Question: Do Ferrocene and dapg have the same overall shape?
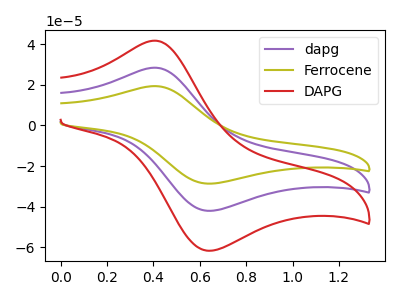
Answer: <think>The purple curve "dapg" has an anodic peak at (0.40V, 28.50uA) and a cathodic peak at (0.65V, -42.05uA). The olive curve "Ferrocene" has an anodic peak at (0.40V, 19.40uA) and a cathodic peak at (0.65V, -28.65uA). The red curve "DAPG" has an anodic peak at (0.40V, 57.00uA) and a cathodic peak at (0.65V, -84.10uA).
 All the peaks in "Ferrocene" have a peak in "dapg" at the same potential. Every peak in "Ferrocene" is lower than every peak in "dapg".</think>
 <answer>"Ferrocene" and "dapg" are similar in shape.</answer>
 <eval>same_shape</eval>